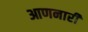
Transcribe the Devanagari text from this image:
आणनारी